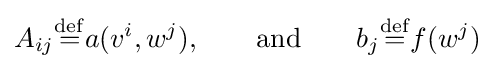
A_{ij}{\stackrel {\mathrm {def} }{=}}a(v^{i},w^{j}),\qquad {\text{and}}\qquad b_{j}{\stackrel {\mathrm {def} }{=}}f(w^{j})